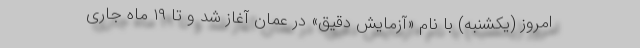
امروز (یکشنبه) با نام «آزمایش دقیق» در عمان آغاز شد و تا ۱۹ ماه جاری